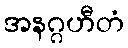
အနဂ္ဂဟီတံ